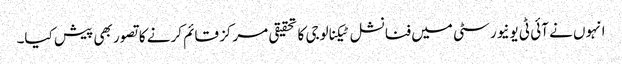
انہوں نے آئی ٹی یونیورسٹی میں فنانشل ٹیکنالوجی کا تحقیقی مرکز قائم کرنے کا تصور بھی پیش کیا۔